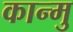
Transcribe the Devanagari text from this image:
कान्मु